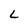
Character: L